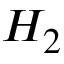
H _ { 2 }